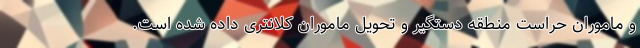
و ماموران حراست منطقه دستگیر و تحویل ماموران کلانتری داده شده است.